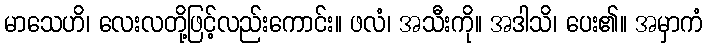
မာသေဟိ၊ လေးလတို့ဖြင့်လည်းကောင်း။ ဖလံ၊ အသီးကို။ အဒါသိ၊ ပေး၏။ အမှာကံ